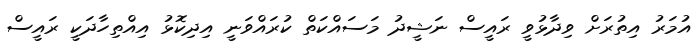
އުމަރު އިތުރަށް ވިދާޅުވީ ރައީސް ނަޝީދު މަސައްކަތް ކުރައްވަނީ އިދިކޮޅު އިއްތިހާދަކީ ރައީސް